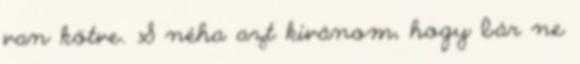
van kötve. S néha azt kívánom, hogy bár ne